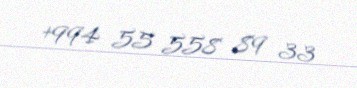
+994 55 558 89 33